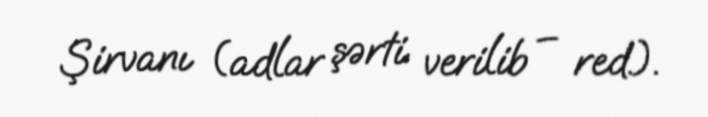
Şirvanı (adlar şərti verilib – red.).